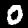
Label: 0